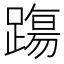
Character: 𨄆